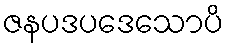
ဇနပဒပဒေသောပိ